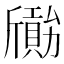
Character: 𣃐